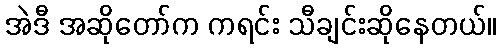
အဲဒီ အဆိုတော်က ကရင်း သီချင်းဆိုနေတယ်။